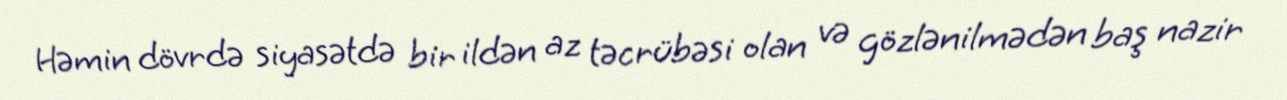
Həmin dövrdə siyasətdə bir ildən az təcrübəsi olan və gözlənilmədən baş nazir